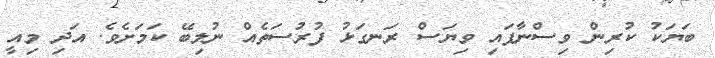
ބަޔަކު ކުރިން ވިސްނާފައި ވިޔަސް ރަނގަޅު ފުރުސަތެއް ނުލިބޭ ކަމަށެވެ. އަދި މިއީ